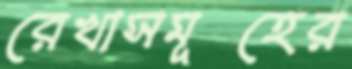
রেখাসমূহের